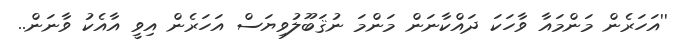
''އަހަރެން މަންމައާ ވާހަކަ ދައްކާނަން މަންމަ ނުޤަބޫލުވިޔަސް އަހަރެން އިވީ އާއެކު ވާނަން..